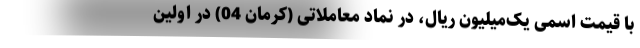
با قیمت اسمی یک‌میلیون ریال، در نماد معاملاتی (کرمان 04) در اولین